Vabadussoja_Ajaloo_Komitee, lk 29
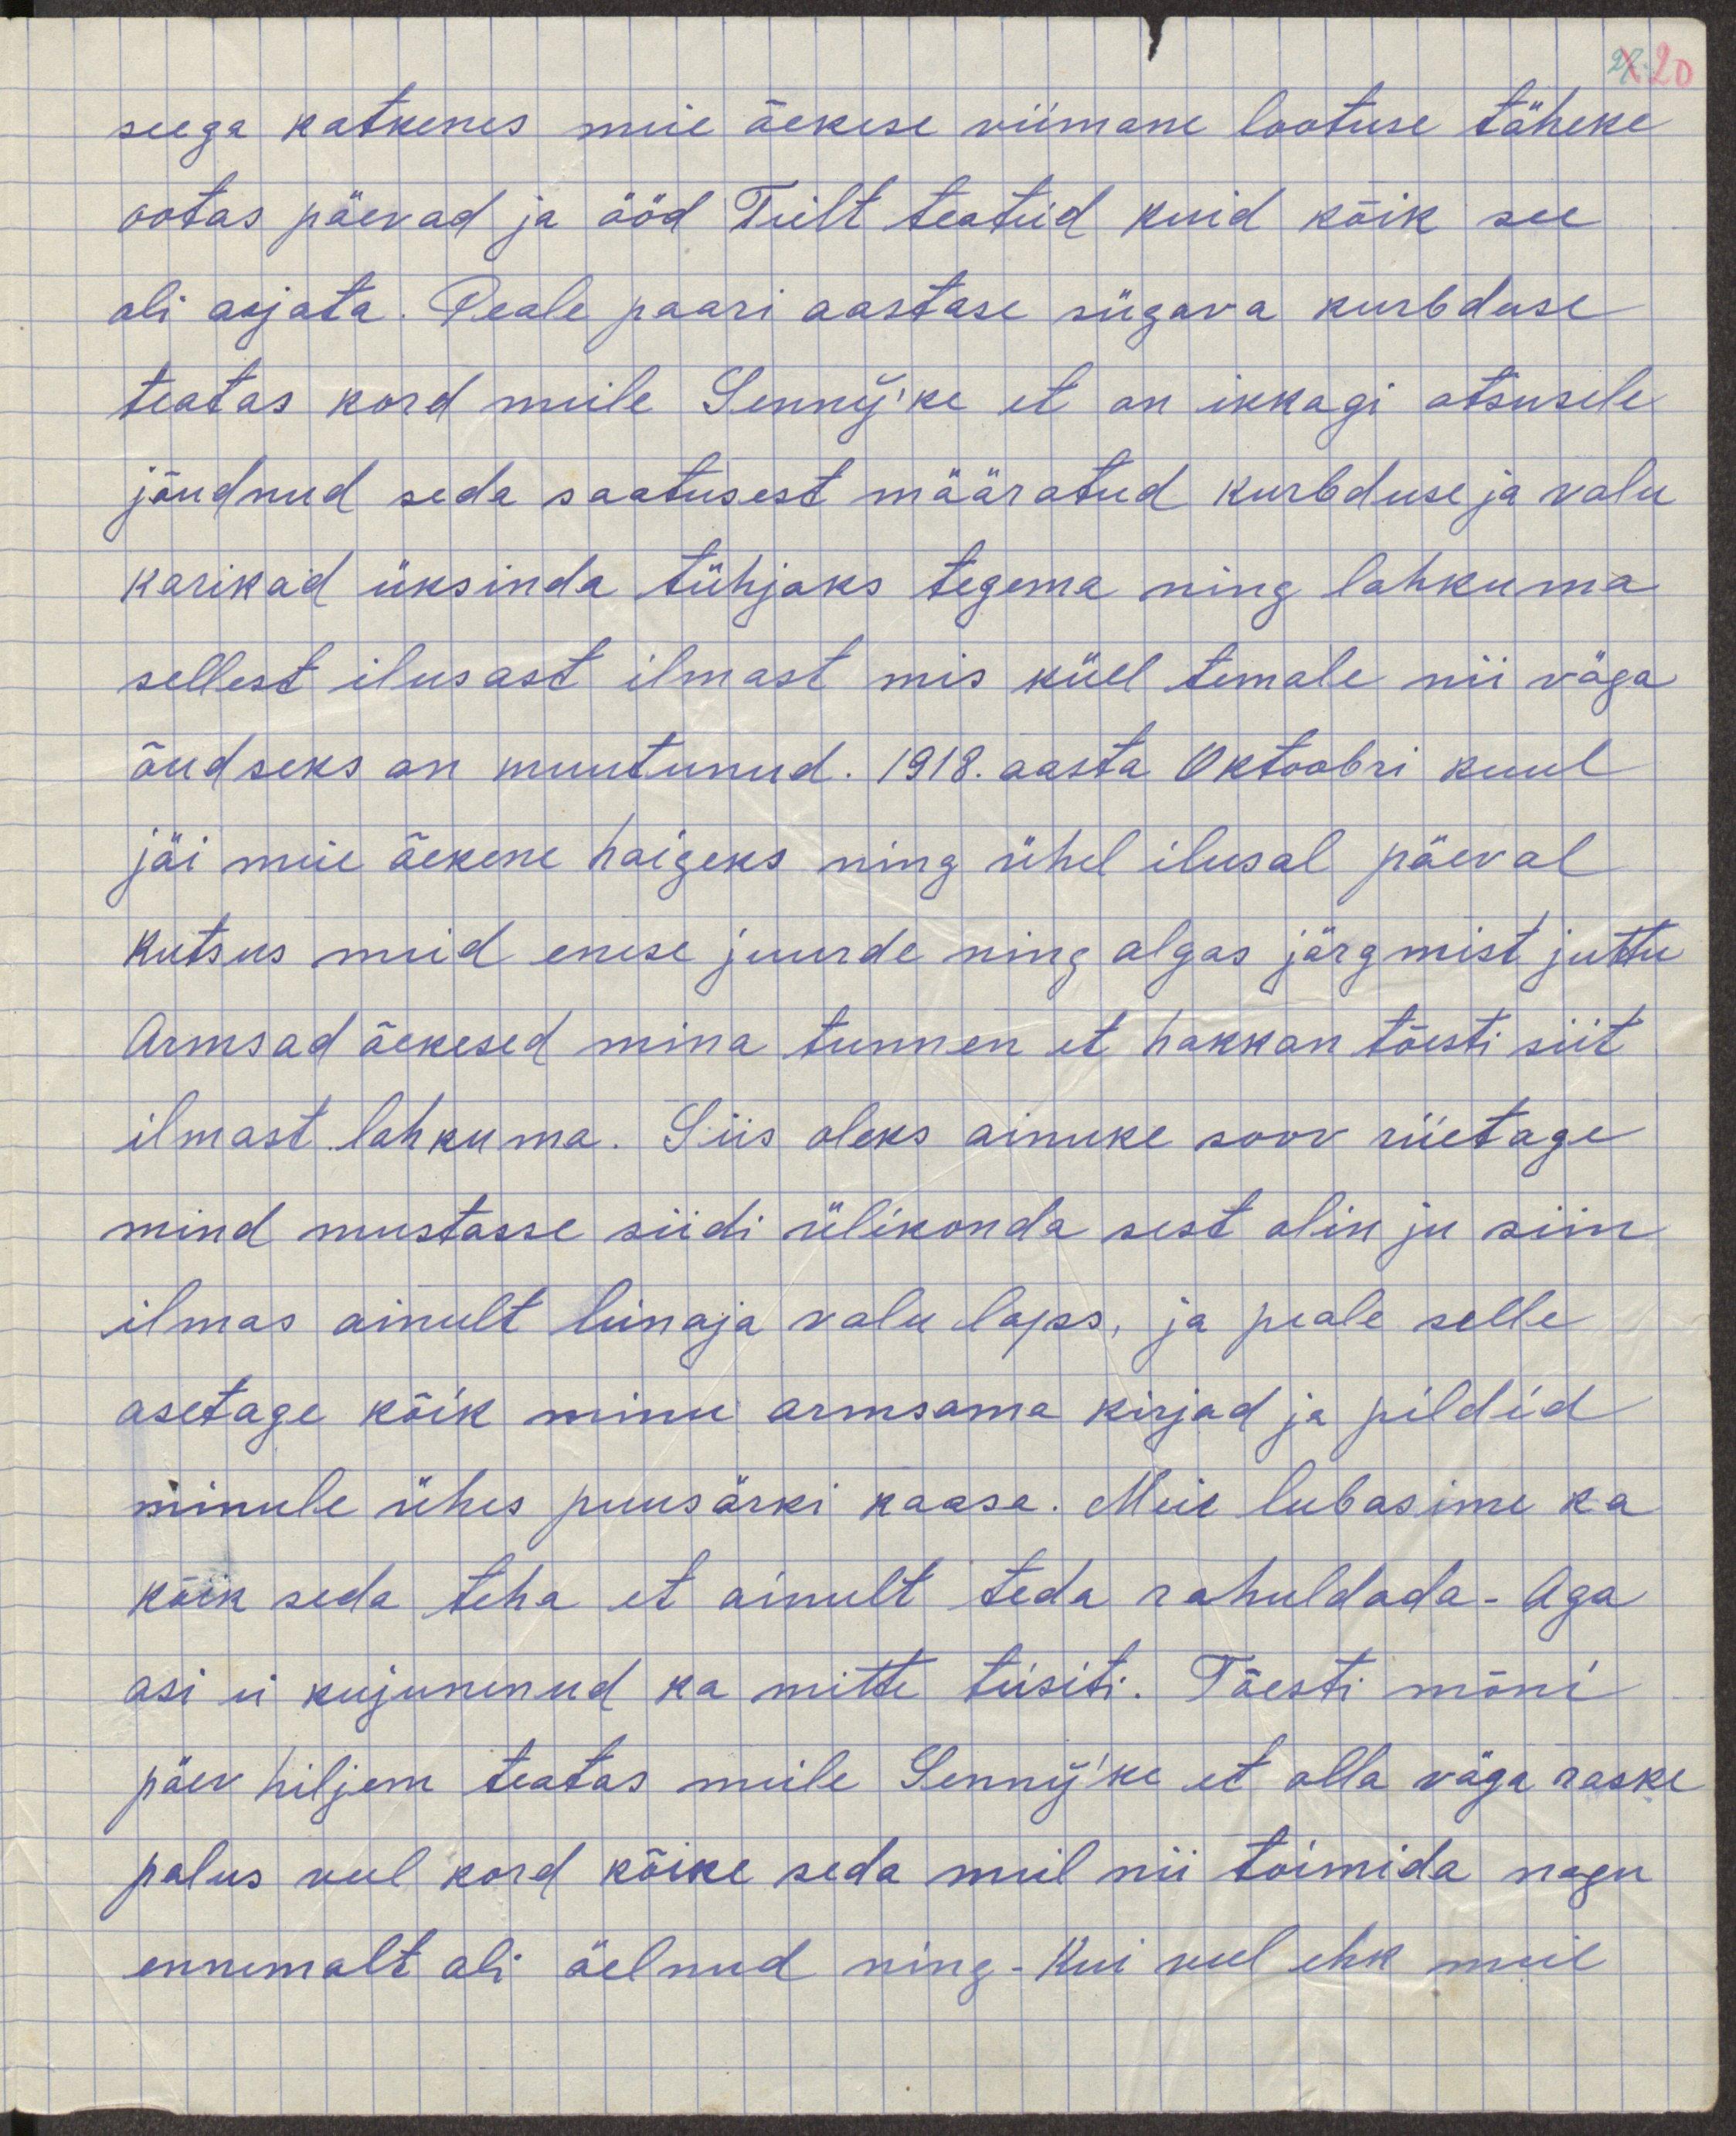
seega katkenes meie õekese viimane lootuse täheke
ootad päevad ja ööd Teilt teateid kuid kõik see
oli asjata. Peale paari aastase sügava kurbuse
teatas kord mulle Senny'ke, et on ikkagi otsusele
jõudnud seda saatusest määratud kurbduse ja valu
karikad üksinda tühjaks tegema ning lahkuma
sellest ilusast ilmast mis küll temale nii väga
õudseks on muutunud. 1918. aasta Oktoobri kuul
jäi meie õekene haigeks ning ühel ilusal päeval
kutsus meid enese juurde ning algas järgmist juttu
Armsad õekesed mina tunnen et hakkan tõesti siit 
ilmast lahkuma. Siis oleks ainuke soov riietage
mind mustasse siidi ülikonda sest olin ju siin
ilmas ainult leinaja valu laps, ja peale selle
asetage kõik minu armsama kirjad ja pildid
minule ühes puusärki kaasa. Meie lubasime ka
kõik seda teha et ainult teda rahuldada. Aga
asi ei kujunenud ka mitte teisiti. Tõesti mõni
päev hiljem teatas meile Senny'ke et olla on väga raske
palus veel kord kõike seda meil nii toimetada nagu
ennemalt oli öelnud ning kui veel ehk meil